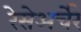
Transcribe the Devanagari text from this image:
रेसेअर्चेर